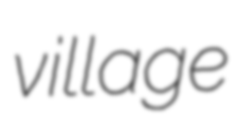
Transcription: village